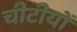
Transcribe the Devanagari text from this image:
चीटीयों